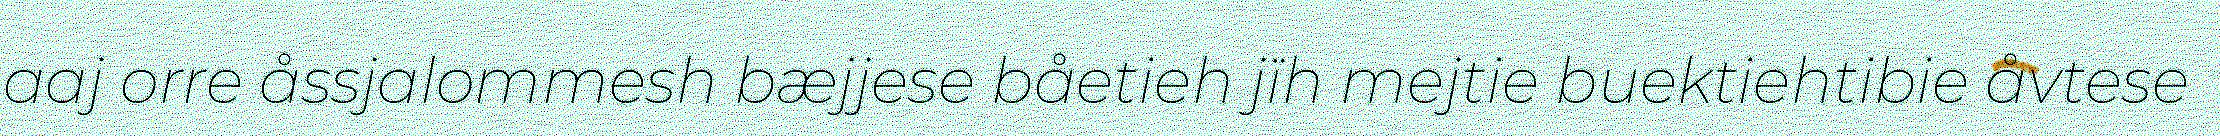
aaj orre åssjalommesh bæjjese båetieh jïh mejtie buektiehtibie åvtese